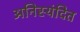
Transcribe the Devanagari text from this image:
अनिस्यंदित